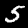
Digit: 5